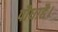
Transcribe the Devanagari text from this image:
पौधाहै।